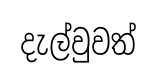
දැල්වුවත්